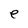
Character: e